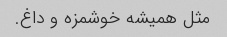
مثل همیشه خوشمزه و داغ.